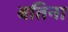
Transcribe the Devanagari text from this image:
बतिना